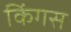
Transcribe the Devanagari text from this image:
किंगस